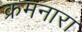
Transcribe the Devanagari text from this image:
क्रमनारा